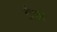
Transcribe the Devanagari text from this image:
ब्रौघम